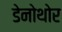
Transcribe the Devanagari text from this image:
डेनोथोर